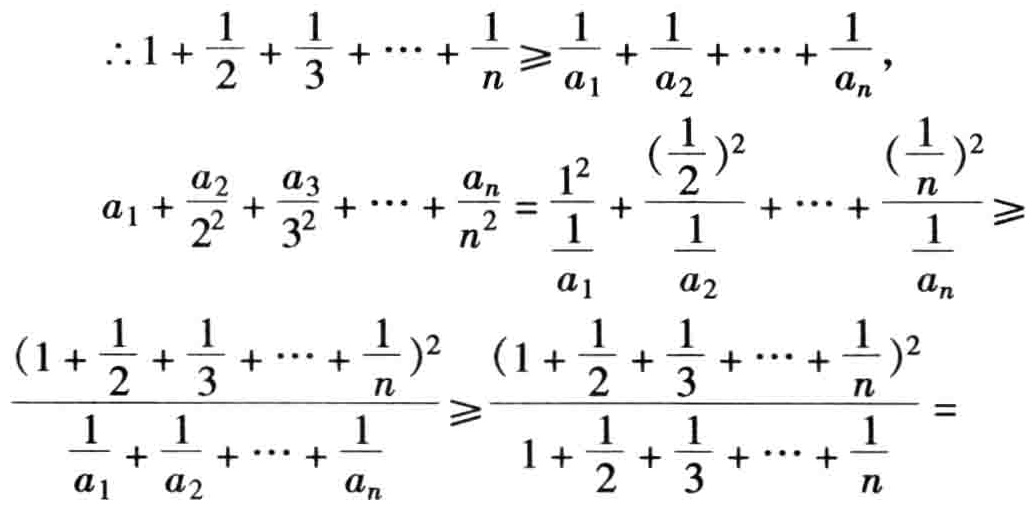
\[

\begin{align*}

&\therefore 1+\frac{1}{2}+\frac{1}{3}+\cdots+\frac{1}{n}\geqslant\frac{1}{a_1}+\frac{1}{a_2}+\cdots+\frac{1}{a_n},\\

&a_1+\frac{a_2}{2^2}+\frac{a_3}{3^2}+\cdots+\frac{a_n}{n^2}=\frac{1^2}{\frac{1}{a_1}}+\frac{(\frac{1}{2})^2}{\frac{1}{a_2}}+\cdots+\frac{(\frac{1}{n})^2}{\frac{1}{a_n}}\geqslant\\

&\frac{(1 + \frac{1}{2}+\frac{1}{3}+\cdots+\frac{1}{n})^2}{\frac{1}{a_1}+\frac{1}{a_2}+\cdots+\frac{1}{a_n}}\geqslant\frac{(1 + \frac{1}{2}+\frac{1}{3}+\cdots+\frac{1}{n})^2}{1+\frac{1}{2}+\frac{1}{3}+\cdots+\frac{1}{n}} =

\end{align*}

\]